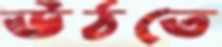
ঊঠতে